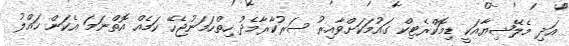
އަދި މެލޭޝިޔާއަކީ ޑިމޮކްރެޓިކް ގައުމަކަށްވާއިރު ސަރުކާރާމެދު ހިތްހަމަނުޖެހޭ ކަމެއް އޮތްނަމަ އެކަން ހައްލު